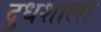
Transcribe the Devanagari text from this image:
दुधशाला